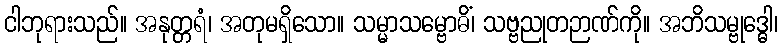
ငါဘုရားသည်။ အနုတ္တရံ၊ အတုမရှိသော။ သမ္မာသမ္ဗောဓိံ၊ သဗ္ဗညုတဉာဏ်ကို။ အဘိသမ္ဗုဒ္ဓေါ၊